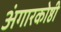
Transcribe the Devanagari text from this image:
अंगारकोष्ठी